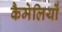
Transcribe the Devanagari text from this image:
कैमेलियों